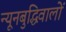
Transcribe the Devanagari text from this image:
न्यूनबुद्धिवालों